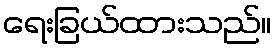
ရေးခြယ်ထားသည်။